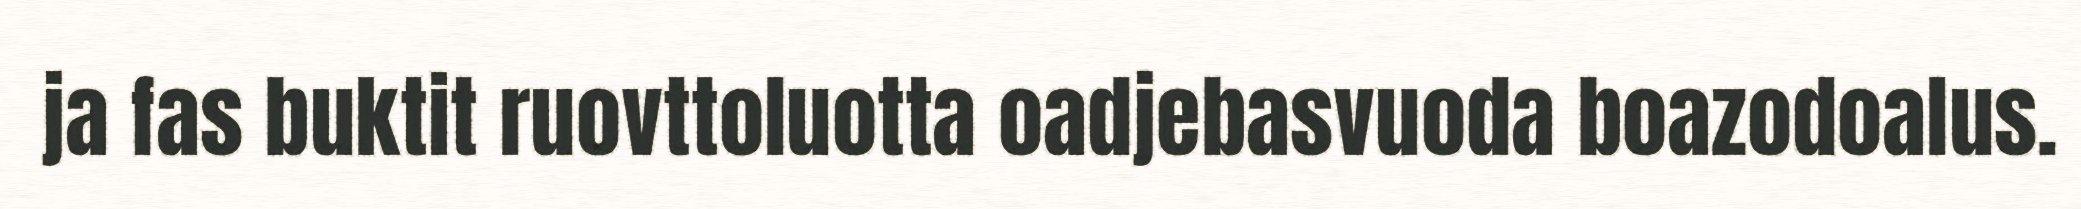
ja fas buktit ruovttoluotta oadjebasvuoda boazodoalus.